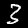
Digit: 3